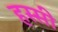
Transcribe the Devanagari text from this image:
हस्सी